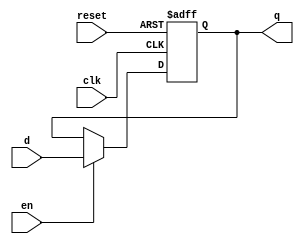
module ffd(input clk, input reset, input en, input d, output reg q);

  always @ (posedge clk, posedge reset)
  if (reset) q <= 1'b0;
  else if (en == 1) q <= d;

endmodule

module ffjk(input clk, reset, en, j, k, output q);

  wire d;

  assign d = (~k & q) | (j & ~q);

  ffd a1(clk, reset, en, d, q);

endmodule